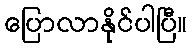
ပြောလာနိုင်ပါပြီ။